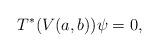
LaTeX: \begin{align*} T^*(V(a,b)) \psi =0, \end{align*}